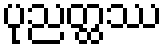
ပုညတ္ထဿ